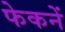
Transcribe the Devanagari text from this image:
फेकनें